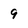
Character: 9